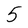
Character: 5